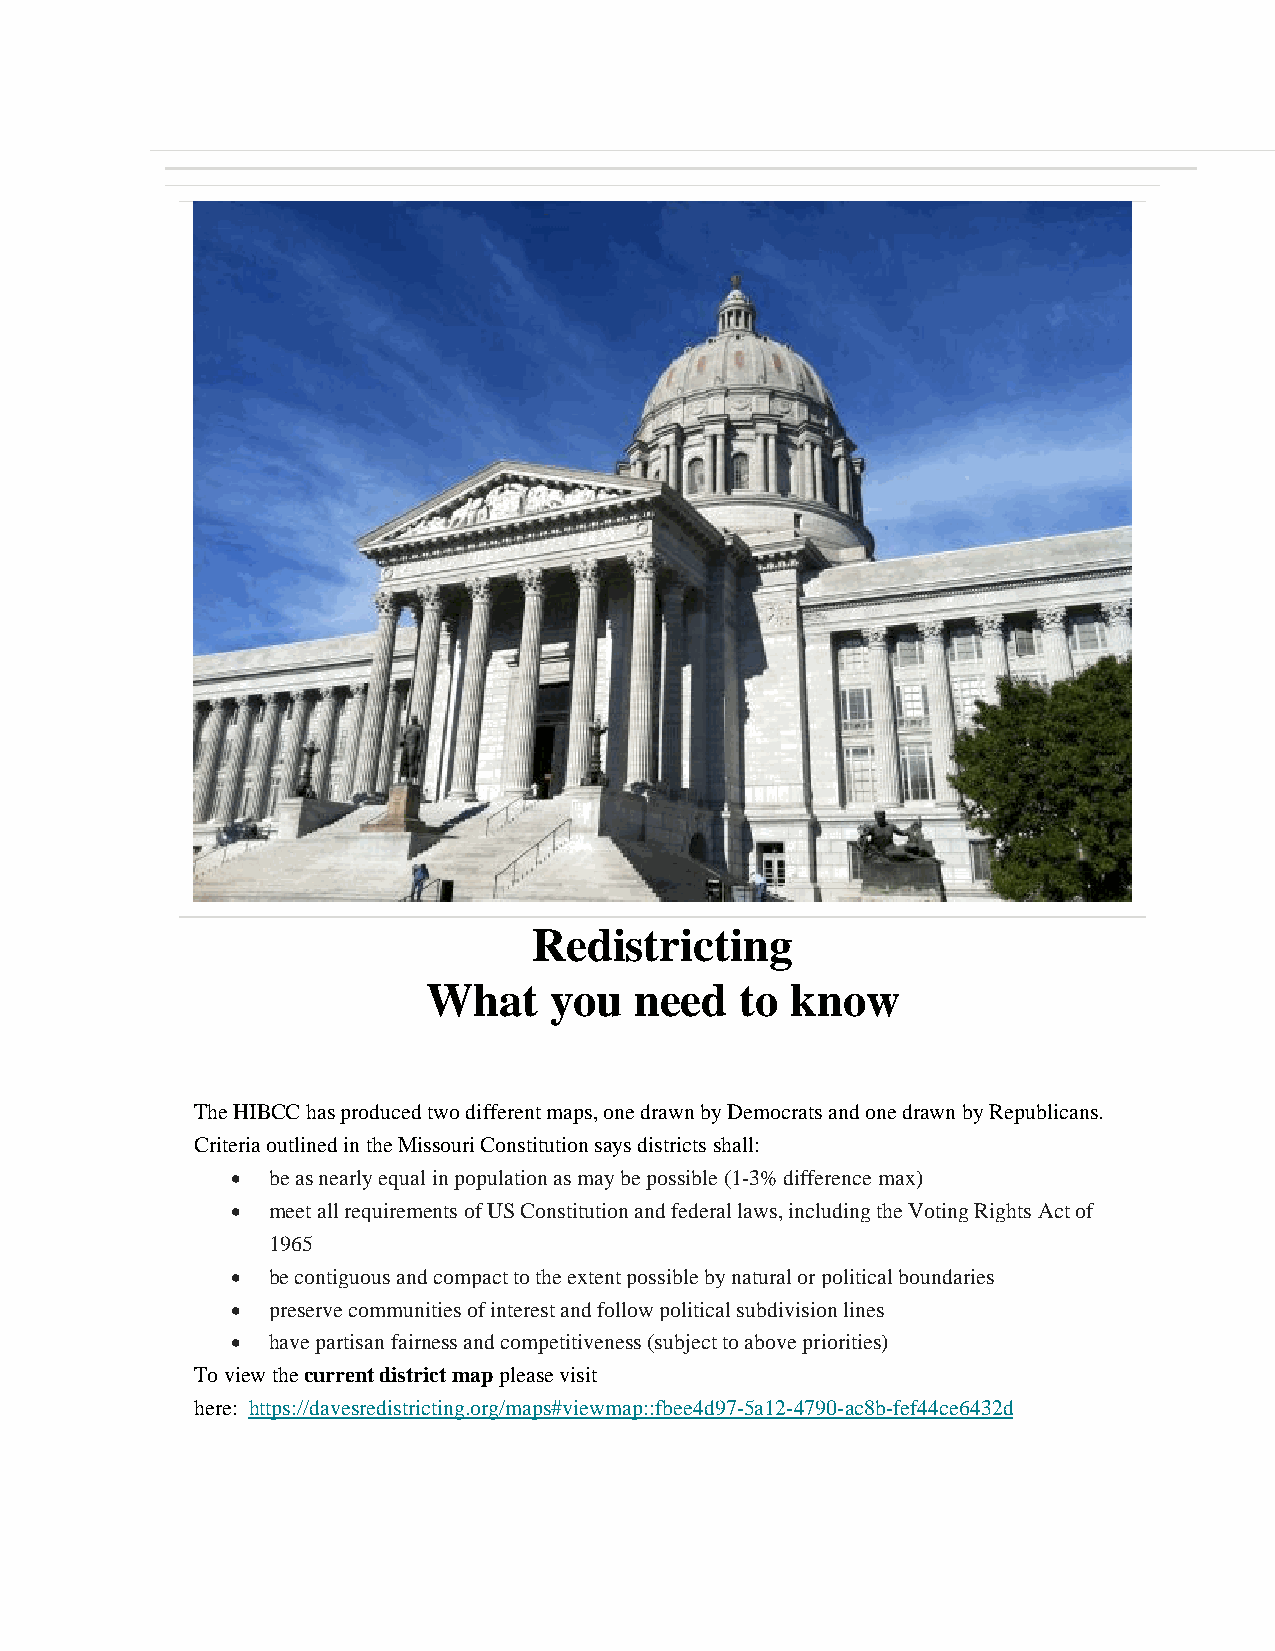
Redistricting
 What    you   need   to know
 The HIBCC has produced two different maps, one drawn by Democrats and one drawn by Republicans.
 Criteria outlined in the Missouri Constitution says districts shall:
 •  be as nearly equal in population as may be possible (1-3% difference max)
 •  meet all requirements of US Constitution and federal laws, including the Voting Rights Act of
 1965
 •  be contiguous and compact to the extent possible by natural or political boundaries
 •  preserve communities of interest and follow political subdivision lines
 •  have partisan fairness and competitiveness (subject to above priorities)
 To view the current district map please visit
 here: https://davesredistricting.org/maps#viewmap::fbee4d97-5a12-4790-ac8b-fef44ce6432d